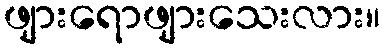
ဖျားရောဖျားသေးလား။